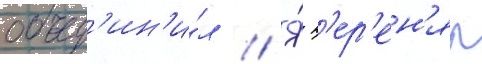
объед'ин'и́л // Я́ п'ер'ен'ял